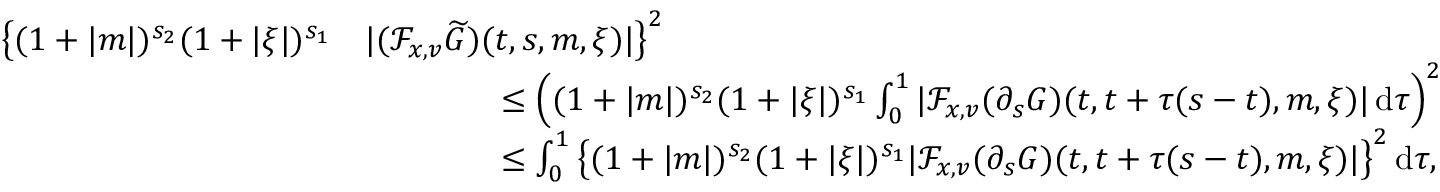
\begin{array} { r l } { \big \lbrace ( 1 + \vert m \vert ) ^ { s _ { 2 } } ( 1 + \vert \xi \vert ) ^ { s _ { 1 } } } & { \vert ( \mathcal { F } _ { x , v } \widetilde { G } ) ( t , s , m , \xi ) \vert \big \rbrace ^ { 2 } } \\ & { \qquad \qquad \leq \left( ( 1 + \vert m \vert ) ^ { s _ { 2 } } ( 1 + \vert \xi \vert ) ^ { s _ { 1 } } \int _ { 0 } ^ { 1 } \vert \mathcal { F } _ { x , v } ( \partial _ { s } G ) ( t , t + \tau ( s - t ) , m , \xi ) \vert \, \mathrm { d } \tau \right) ^ { 2 } } \\ & { \qquad \qquad \leq \int _ { 0 } ^ { 1 } \big \lbrace ( 1 + \vert m \vert ) ^ { s _ { 2 } } ( 1 + \vert \xi \vert ) ^ { s _ { 1 } } \vert \mathcal { F } _ { x , v } ( \partial _ { s } G ) ( t , t + \tau ( s - t ) , m , \xi ) \vert \big \rbrace ^ { 2 } \, \mathrm { d } \tau , } \end{array}